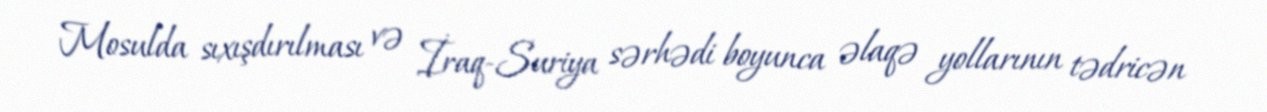
Mosulda sıxışdırılması və İraq-Suriya sərhədi boyunca əlaqə yollarının tədricən